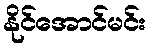
နိုင်အောင်မင်း